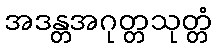
အဒန္တအဂုတ္တသုတ္တံ